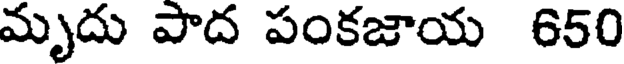
మృదు పాద పంకజాయ 650